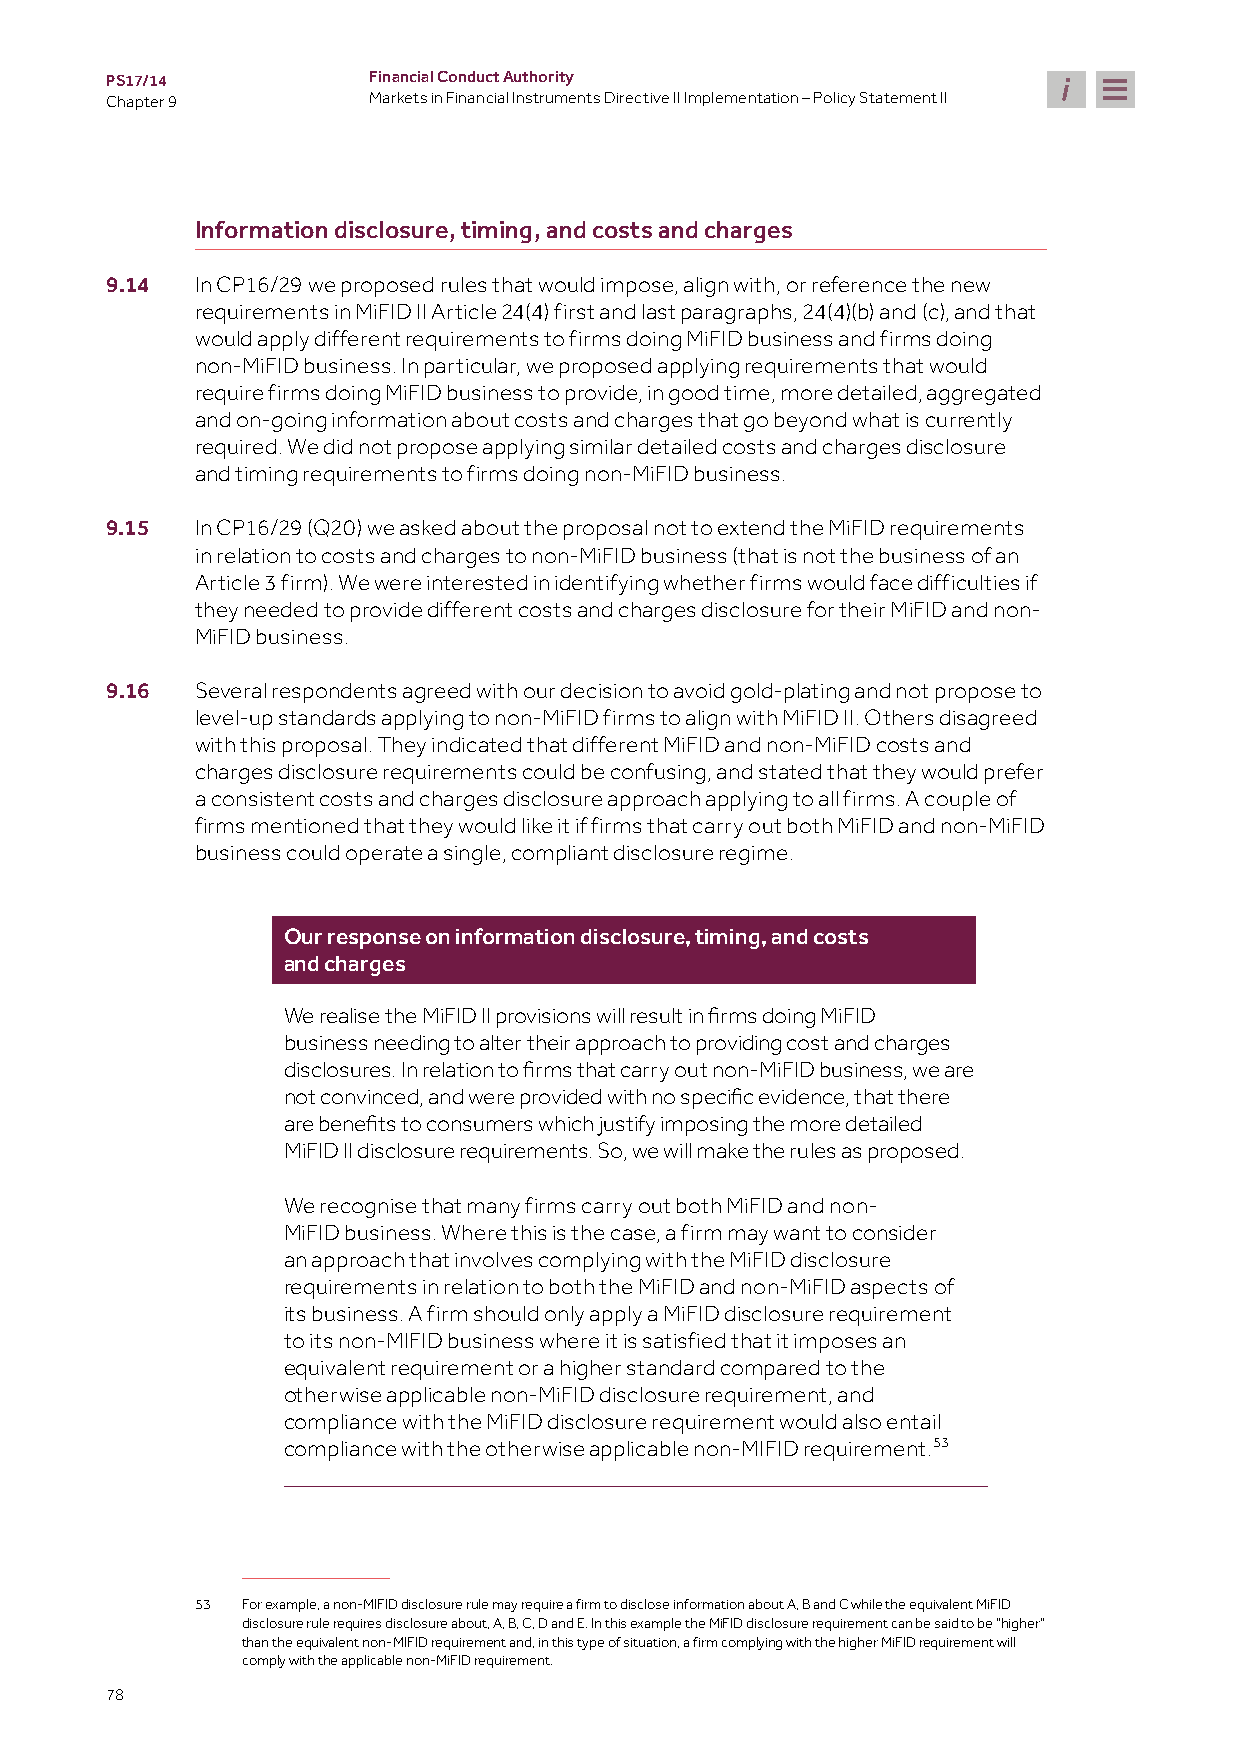
PS17/14          Financial Conduct Authority
 Chapter 9        Markets in Financial Instruments Directive II Implementation – Policy Statement II
 Information disclosure, timing, and costs and charges
 9.14  In CP16/29 we proposed rules that would impose, align with, or reference the new
 requirements in MiFID II Article 24(4) first and last paragraphs, 24(4)(b) and (c), and that
 would apply different requirements to firms doing MiFID business and firms doing
 non-MiFID business. In particular, we proposed applying requirements that would
 require firms doing MiFID business to provide, in good time, more detailed, aggregated
 and on-going information about costs and charges that go beyond what is currently
 required. We did not propose applying similar detailed costs and charges disclosure
 and timing requirements to firms doing non-MiFID business.
 9.15  In CP16/29 (Q20) we asked about the proposal not to extend the MiFID requirements
 in relation to costs and charges to non-MiFID business (that is not the business of an
 Article 3 firm). We were interested in identifying whether firms would face difficulties if
 they needed to provide different costs and charges disclosure for their MiFID and non-
 MiFID business.
 9.16  Several respondents agreed with our decision to avoid gold-plating and not propose to
 level-up standards applying to non-MiFID firms to align with MiFID II. Others disagreed
 with this proposal. They indicated that different MiFID and non-MiFID costs and
 charges disclosure requirements could be confusing, and stated that they would prefer
 a consistent costs and charges disclosure approach applying to all firms. A couple of
 firms mentioned that they would like it if firms that carry out both MiFID and non-MiFID
 business could operate a single, compliant disclosure regime.
 Our response on information disclosure, timing, and costs
 and charges
 We realise the MiFID II provisions will result in firms doing MiFID
 business needing to alter their approach to providing cost and charges
 disclosures. In relation to firms that carry out non-MiFID business, we are
 not convinced, and were provided with no specific evidence, that there
 are benefits to consumers which justify imposing the more detailed
 MiFID II disclosure requirements. So, we will make the rules as proposed.
 We recognise that many firms carry out both MiFID and non-
 MiFID business. Where this is the case, a firm may want to consider
 an approach that involves complying with the MiFID disclosure
 requirements in relation to both the MiFID and non-MiFID aspects of
 its business. A firm should only apply a MiFID disclosure requirement
 to its non-MIFID business where it is satisfied that it imposes an
 equivalent requirement or a higher standard compared to the
 otherwise applicable non-MiFID disclosure requirement, and
 compliance with the MiFID disclosure requirement would also entail
 compliance with the otherwise applicable non-MIFID requirement.53
 53 For example, a non-MIFID disclosure rule may require a firm to disclose information about A, B and C while the equivalent MiFID
 disclosure rule requires disclosure about, A, B, C, D and E. In this example the MiFID disclosure requirement can be said to be “higher”
 than the equivalent non-MIFID requirement and, in this type of situation, a firm complying with the higher MiFID requirement will
 comply with the applicable non-MiFID requirement.
 78